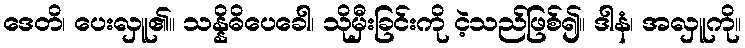
ဒေတိ၊ ပေးလှူ၏။ သန္နိဓိပေခေါ၊ သိုမှီးခြင်းကို ငဲ့သည်ဖြစ်၍။ ဒါနံ၊ အလှူကို။